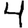
Digit: 4